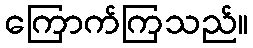
ကြောက်ကြသည်။